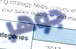
جوهر